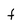
Character: f